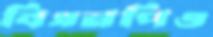
বিএনপিও